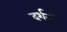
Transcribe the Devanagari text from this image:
दर्शनने